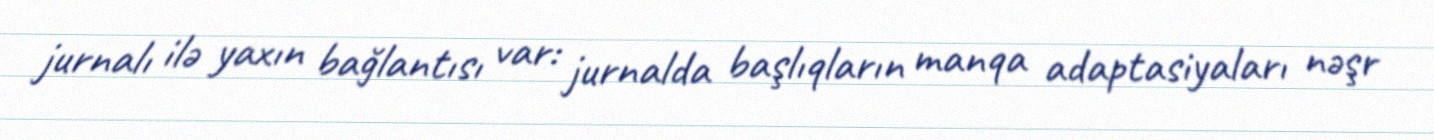
jurnalı ilə yaxın bağlantısı var: jurnalda başlıqların manqa adaptasiyaları nəşr